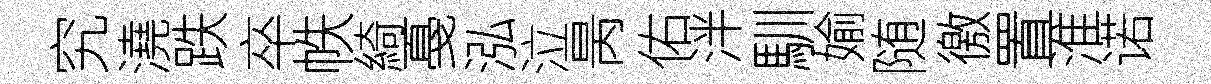
究澆跌卒帙綺戞泓泣昺佑泮馴媮随徼置淮诺